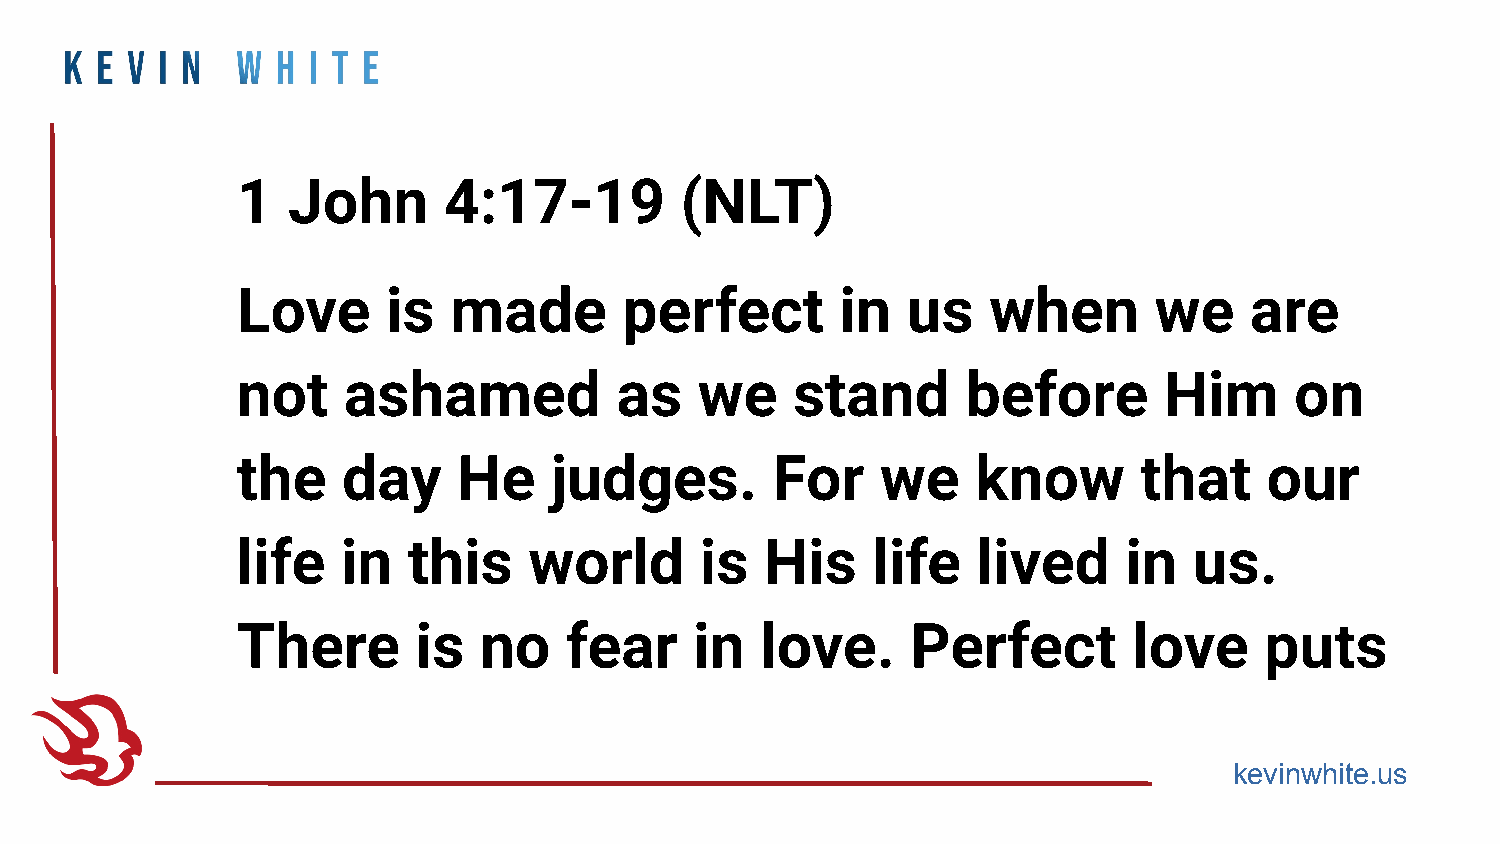
1  John      4:17-19         (NLT)
 Love      is  made       perfect        in  us   when       we     are
 not    ashamed           as   we    stand       before       Him      on
 the    day    He    judges.        For    we     know      that     our
 life   in  this    world      is   His    life   lived     in  us.
 There       is  no   fear     in  love.     Perfect        love     puts
 kevinwhite.us